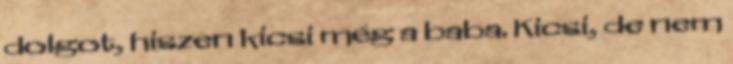
dolgot, hiszen kicsi még a baba. Kicsi, de nem